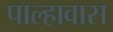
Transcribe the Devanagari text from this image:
पाल्हावास